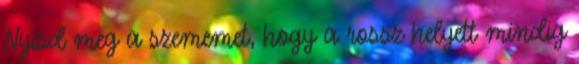
Nyisd meg a szememet, hogy a rossz helyett mindig